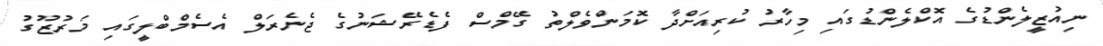
ނިއުޒީލެންޑުގެ އޮކްލެންޑުގައި މިހާރު ކުރިއަށްދާ ކޮމަންވެލްތު ގޭމްސް ފެޑެރޭޝަނުގެ ޖެނެރަލް އެސެމްބްލީގައި މަރުޒޫގު